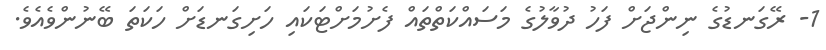
1- ރޭގަނޑުގެ ނިންޖަށް ފަހު ދުވާލުގެ މަސައްކަތްތައް ފެށުމަށްޓަކައި ހަށިގަނޑަށް ހަކަތަ ބޭނުންވެއެވެ.